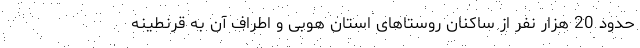
حدود 20 هزار نفر از ساکنان روستاهای استان هوبی و اطراف آن به قرنطینه